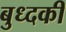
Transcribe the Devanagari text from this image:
बुध्दकी